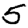
Digit: 5